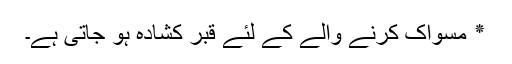
٭ مسواک کرنے والے کے لئے قبر کشادہ ہو جاتی ہے۔